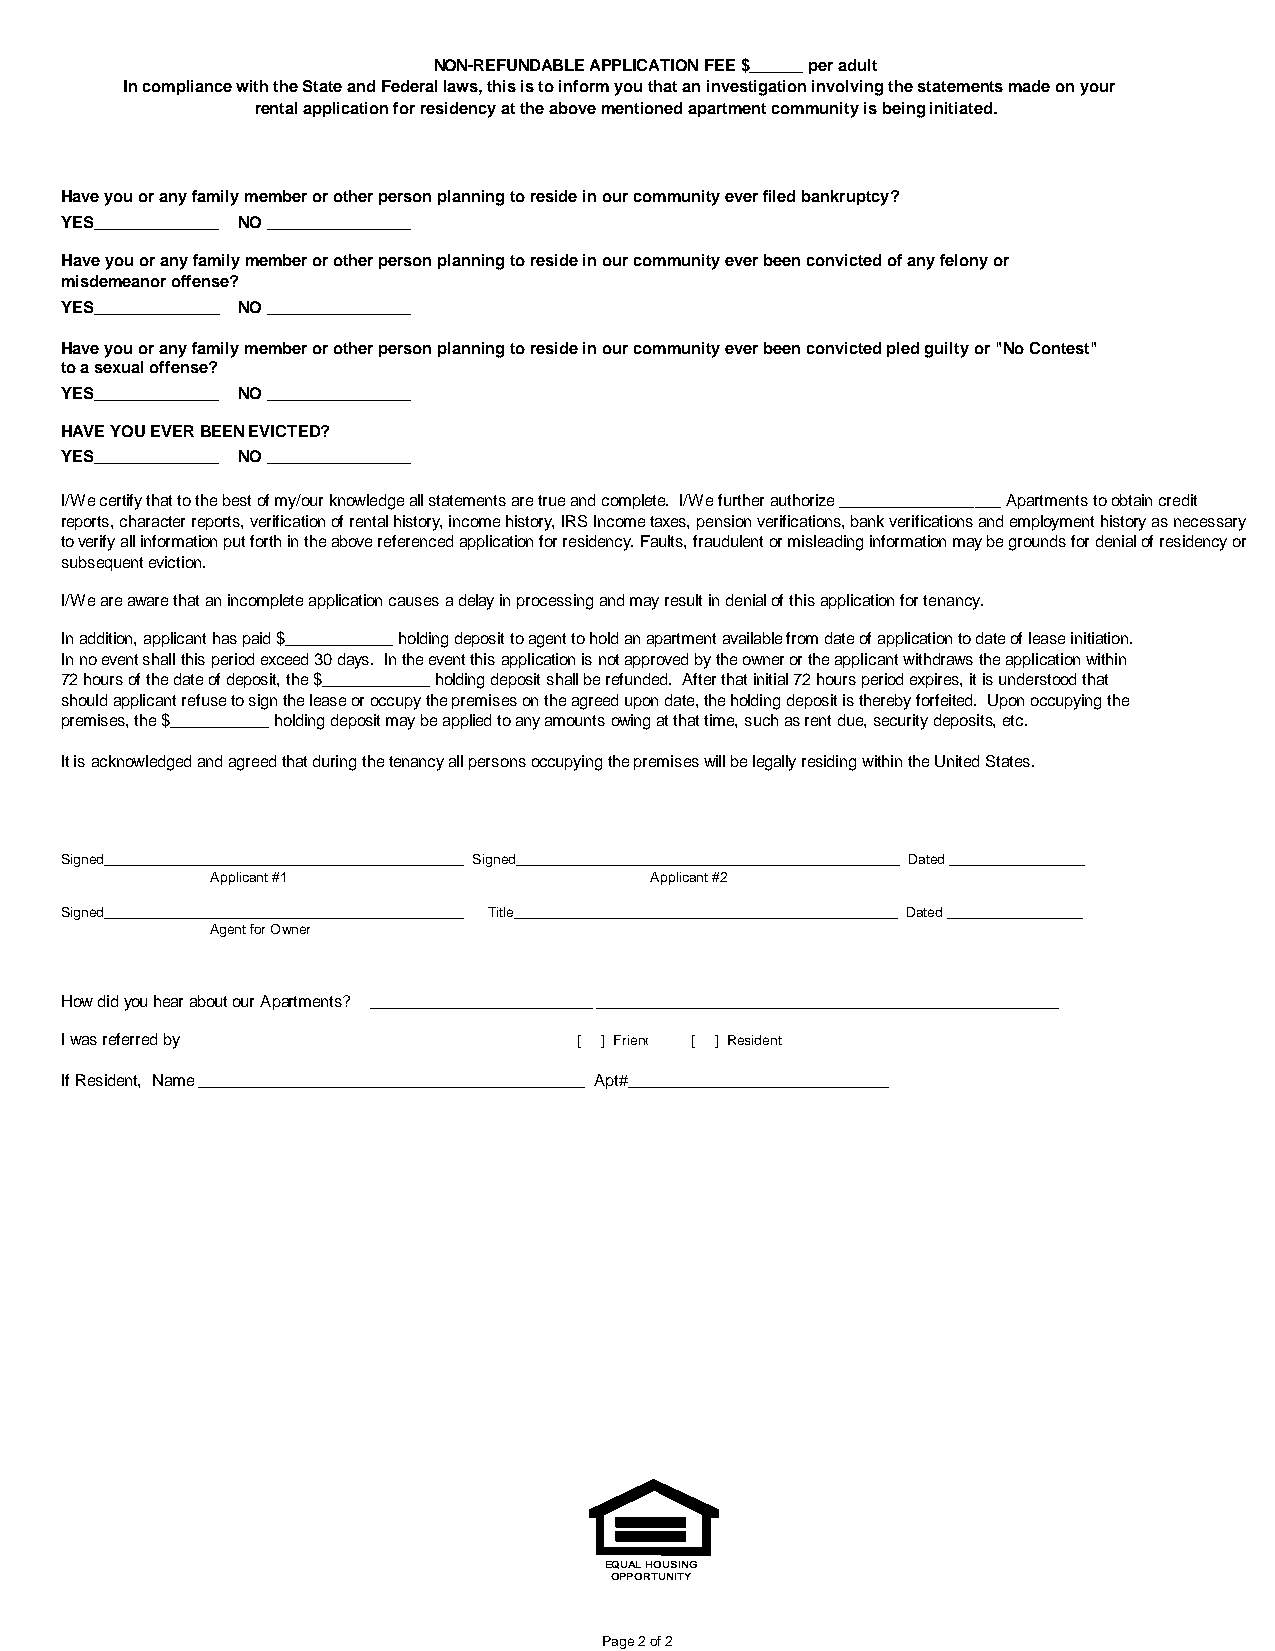
NON-REFUNDABLE APPLICATION FEE $______ per adult
 In compliance with the State and Federal laws, this is to inform you that an investigation involving the statements made on your
 rental application for residency at the above mentioned apartment community is being initiated.
 Have you or any family member or other person planning to reside in our community ever filed bankruptcy?
 YES______________ NO ________________
 Have you or any family member or other person planning to reside in our community ever been convicted of any felony or
 misdemeanor offense?
 YES______________ NO ________________
 Have you or any family member or other person planning to reside in our community ever been convicted pled guilty or "No Contest"
 to a sexual offense?
 YES______________ NO ________________
 HAVE YOU EVER BEEN EVICTED?
 YES______________ NO ________________
 I/We certify that to the best of my/our knowledge all statements are true and complete. I/We further authorize __________________ Apartments to obtain credit
 reports, character reports, verification of rental history, income history, IRS Income taxes, pension verifications, bank verifications and employment history as necessary
 to verify all information put forth in the above referenced application for residency. Faults, fraudulent or misleading information may be grounds for denial of residency or
 subsequent eviction.
 I/We are aware that an incomplete application causes a delay in processing and may result in denial of this application for tenancy.
 In addition, applicant has paid $____________ holding deposit to agent to hold an apartment available from date of application to date of lease initiation.
 In no event shall this period exceed 30 days. In the event this application is not approved by the owner or the applicant withdraws the application within
 72 hours of the date of deposit, the $____________ holding deposit shall be refunded. After that initial 72 hours period expires, it is understood that
 should applicant refuse to sign the lease or occupy the premises on the agreed upon date, the holding deposit is thereby forfeited. Upon occupying the
 premises, the $___________ holding deposit may be applied to any amounts owing at that time, such as rent due, security deposits, etc.
 It is acknowledged and agreed that during the tenancy all persons occupying the premises will be legally residing within the United States.
 Signed_____________________________________________ Signed________________________________________________ Dated _________________
 Applicant #1                 Applicant #2
 Signed_____________________________________________ Title________________________________________________ Dated _________________
 Agent for Owner
 How did you hear about our Apartments? ___________________________________________________________________________________
 I was referred by                 [ ] Friend [ ] Resident
 If Resident, Name ___________________________________________ Apt#_____________________________
 EQUAL HOUSING
 OPPORTUNITY
 Page 2 of 2